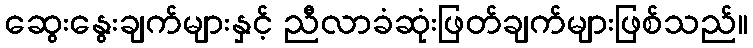
ဆွေးနွေးချက်များနှင့် ညီလာခံဆုံးဖြတ်ချက်များဖြစ်သည်။